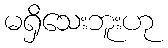
မရှိသေးဘူးဟု